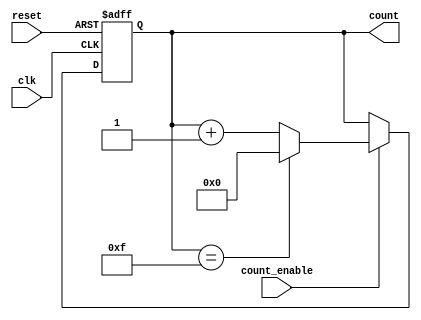
module async_counter #(
    parameter WIDTH = 4,                  // Width of the counter (number of bits)
    parameter MAX_COUNT = (1 << WIDTH) - 1 // Maximum count value based on width
)(
    input wire clk,                       // Clock input
    input wire reset,                     // Asynchronous reset input
    input wire count_enable,              // Count enable input
    output reg [WIDTH-1:0] count          // Count output
);

// Always block for counter operation
always @(posedge clk or posedge reset) begin
    if (reset) begin
        // Reset the count to 0
        count <= 0;
    end else if (count_enable) begin
        // Increment the count if enabled
        if (count == MAX_COUNT) begin
            count <= 0;                   // Wrap around to 0
        end else begin
            count <= count + 1;           // Increment count
        end
    end
end

endmodule